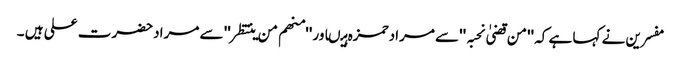
مفسرین نے کہا ہے کہ ''من قضیٰ نحبہ ''سے مرادحمزہ ہیںاور ''منھم من ینتظر'' سے مرادحضرت علی ہیں ۔